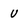
Character: u